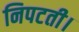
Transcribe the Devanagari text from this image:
निपटती।